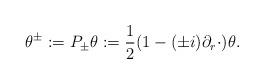
LaTeX: \begin{align*} \theta^\pm:=P_\pm\theta:=\frac 12(1-(\pm i)\partial_r\cdot)\theta. \end{align*}